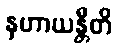
နဟာယန္တီတိ